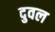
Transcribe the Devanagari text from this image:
दुवल